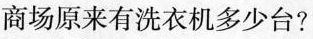
商场原来有洗衣机多少台?